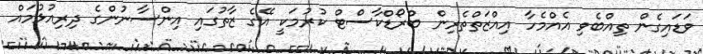
ވަޑައިގެން ތިއްބެވި އެއްމެހާ އިއްޒަތްތެރިން ބްރޯޑްކާސްޓް ކުރުމަކީ އޭގެ ޒާތުގައި އިންސާނުންގެ ދިރިއުޅުމައް